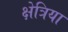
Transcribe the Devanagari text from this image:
क्षेत्रिया